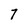
Character: 7